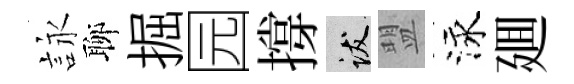
詠聊掘园撐跋盟泳廽